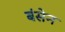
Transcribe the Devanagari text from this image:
बंसेन